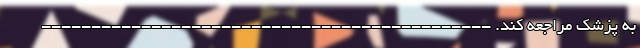
به پزشک مراجعه کند. ---------------------------------------------